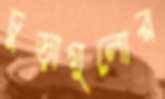
চূড়াগুলোর